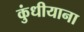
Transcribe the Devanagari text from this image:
कुंधीयाना